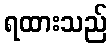
ရထားသည်